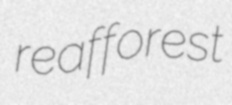
reafforest